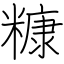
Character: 糠